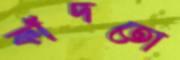
কাঁদতো